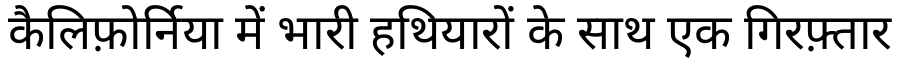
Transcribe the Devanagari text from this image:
कैलिफ़ोर्निया में भारी हथियारों के साथ एक गिरफ़्तार